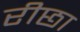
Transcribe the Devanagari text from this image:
रीछा